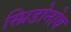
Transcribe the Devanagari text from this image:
स्प्रिडोनोव